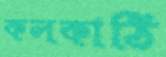
কলকাঠি